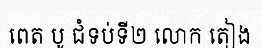
ពេត បូ ជំទប់ទី២ លោក តៀង